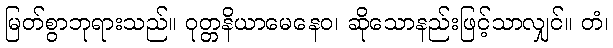
မြတ်စွာဘုရားသည်။ ဝုတ္တနိယာမေနေဝ၊ ဆိုသောနည်းဖြင့်သာလျှင်။ တံ၊